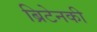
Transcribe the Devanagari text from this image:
ब्रिटेनकी